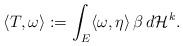
LaTeX: \begin{align*}\langle T,\omega\rangle:=\int_E \langle \omega,\eta\rangle\,\beta\,d\mathcal H^k.\end{align*}